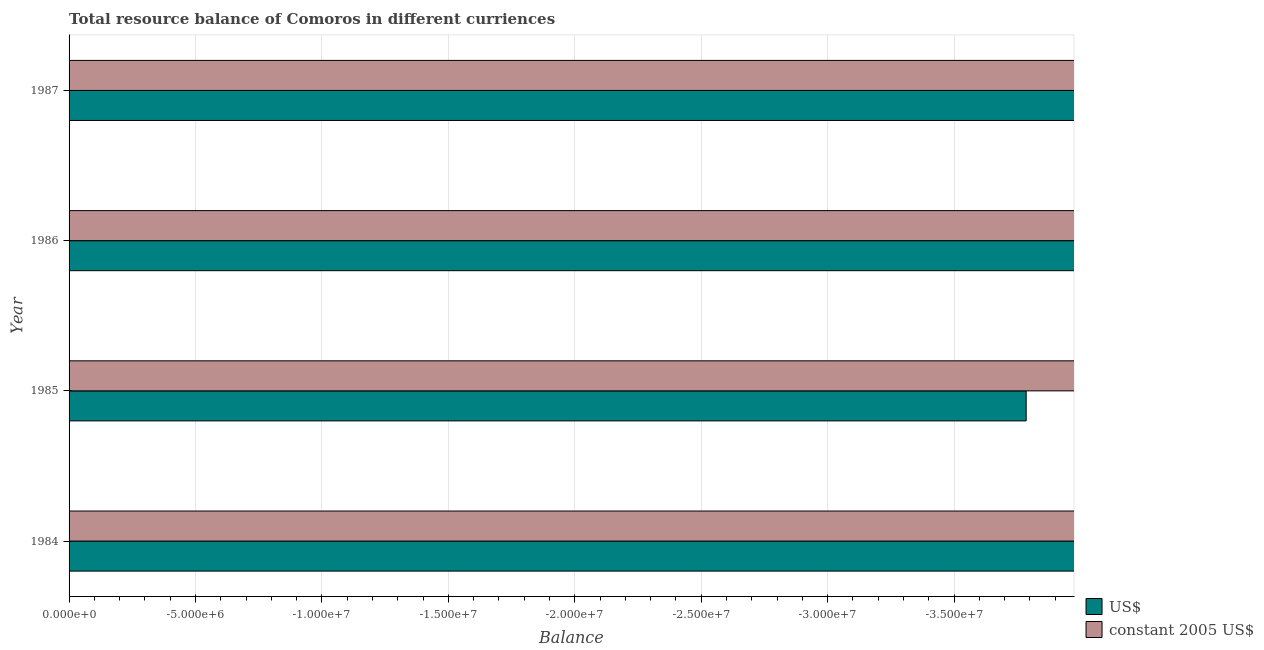
| Year | US$ | constant 2005 US$ |
 | --- | --- | --- |
 | 1984 | -5e+07 | -2.18e+10 |
 | 1985 | -3.79e+07 | -1.7e+10 |
 | 1986 | -4.07e+07 | -1.41e+10 |
 | 1987 | -5.35e+07 | -1.61e+10 |